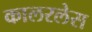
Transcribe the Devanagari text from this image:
कालरलेस